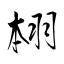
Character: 翉